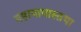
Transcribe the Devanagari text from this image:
महापापास्तथा